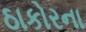
ઠાકોરના